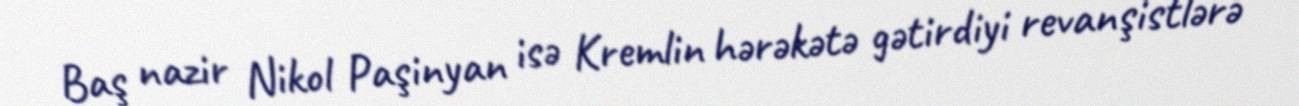
Baş nazir Nikol Paşinyan isə Kremlin hərəkətə gətirdiyi revanşistlərə